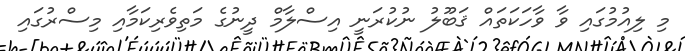
މި ލިއުމުގައި ވާ ވާހަކަތައް ޤަބޫލު ނުކުރަނީ އިސްލާމް ދީނުގެ މަތިވެރިކަމާއި މިސްރުގައި